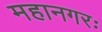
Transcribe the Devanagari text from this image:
महानगरः